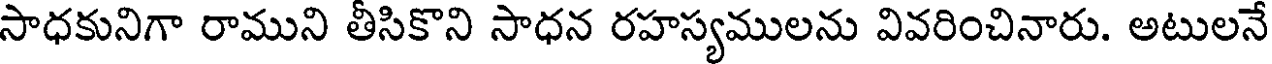
సాధకునిగా రాముని తీసికొని సాధన రహస్యములను వివరించినారు. అటులనే